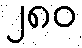
၂၈၀